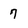
Character: 7